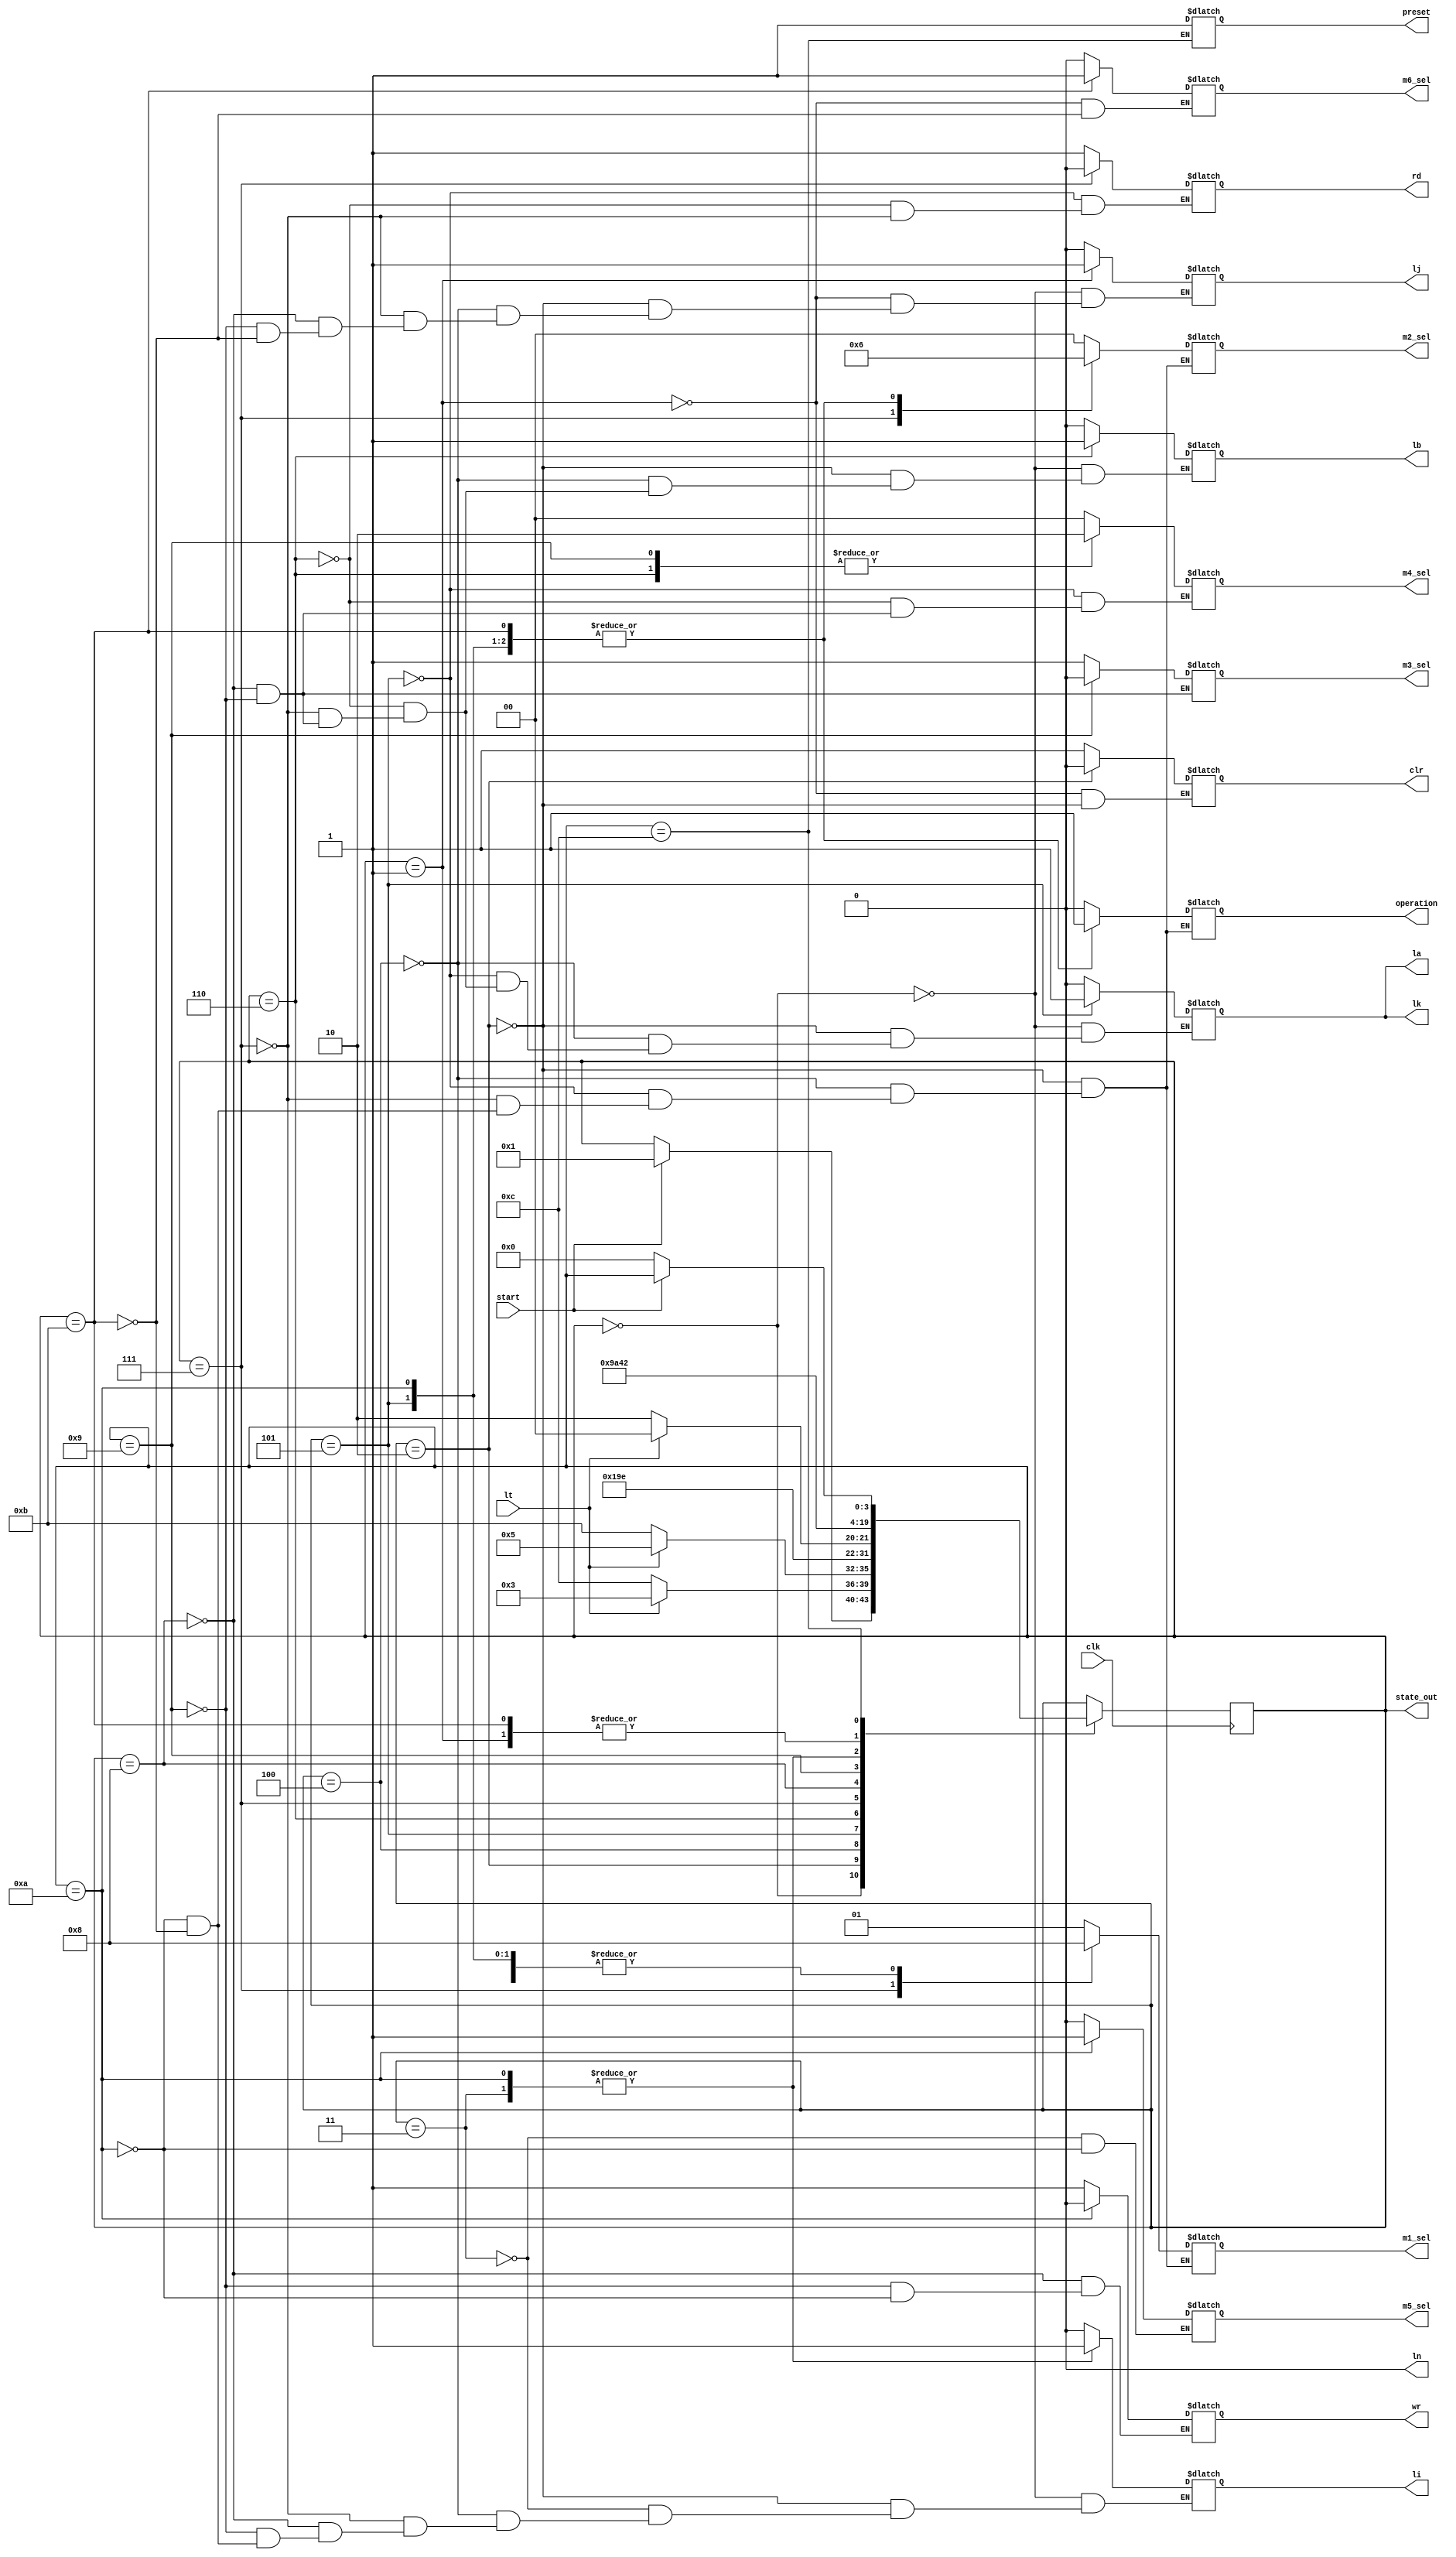
module CONTROL(
    input clk,
    input start,
    input lt,
    output reg rd, wr, operation, clr,preset,
    output reg m3_sel, m5_sel, m6_sel,
    output reg [1:0] m1_sel, m4_sel, m2_sel,
    output reg ln, li, lj, lk, la, lb,
    output [3:0] state_out
);
// output reg state_out

    reg [3:0] state;
    initial begin
        state = 0;
        {rd, wr, operation,clr, preset,m3_sel,m5_sel,m6_sel} = 8'b0;
        m1_sel = 0;
        m4_sel = 0;
        m2_sel = 0;
        {ln,li,lj,lk,la,lb} <= 6'b0;
    end

    always @(*) begin
        case(state)
        0: begin
            {ln,li,lj,lk,la,lb} <= 6'b0;
        end
        1: begin
            clr <= 1;
            m6_sel <= 0;
            lj <= 1;
        end

        2: begin
            clr <=0;
            {ln,li,lj,lk,la,lb} <= 6'b0;
            m1_sel <=1;
            m2_sel <= 0;
            operation <= 0;
        end

        3: begin
            li <= 1;
            m5_sel <= 0;
        end

        4: begin
            {ln,li,lj,lk,la,lb} <= 6'b0;
            m1_sel <= 0;
            m2_sel <= 0;
            operation <= 0;
        end

        5: begin
            la <=1;
            m4_sel <=0;
            rd <= 1;
            m1_sel <= 0;
            m2_sel <= 2;
            operation <= 1;
            lk <= 1;
        end

        6: begin
            la <= 0;
            lk <= 0;
            m4_sel <= 2;
            rd <= 1;
            lb <= 1;
        end

        7: begin
            {ln,li,lj,lk,la,lb} <= 6'b0;
            rd <= 0;
            m1_sel <= 2;
            m2_sel <= 1;
            operation <= 0;
        end

        8: begin
            {ln,li,lj,lk,la,lb} <= 6'b0;
            m4_sel <=0;
            m3_sel <= 1;
            wr <= 1;
        end

        9: begin
            {ln,li,lj,lk,la,lb} <= 6'b0;
            m4_sel <= 2;
            m3_sel <= 0;
            wr <= 1;
        end

        10: begin
            wr <= 0;
            m1_sel <= 0;
            m2_sel <= 2;
            operation <= 1;
            m5_sel <= 1;
            li <= 1;
        end

        11: begin
            li <= 0;
            lj<= 0;
            m1_sel <= 1;
            m2_sel <= 2;
            operation <= 1;
            m6_sel <= 1;
        end

        12: begin
            preset <= 1;
        end

        endcase
    end

    always @(posedge clk) begin
        case(state)

        //RESET STATE
        0: begin
            // {ln,li,lj,lk,la,lb} <= 6'b0;
            if(start) state <= 1;
            else state <= state;
        end

        1: begin
            // clr <= 1;
            // m6_sel <= 0;
            // lj <= 1;
            state <= 2;
        end

        2: begin
            // clr <=0;
            // {ln,li,lj,lk,la,lb} <= 6'b0;
            // m1_sel <=1;
            // m2_sel <= 0;
            // operation <= 0;
            if(lt) state <= 3;
            else state <= 12;
        end

        3: begin
            // li <= 1;
            // m5_sel <= 0;
            state <= 4;
        end

        4: begin
            // {ln,li,lj,lk,la,lb} <= 6'b0;
            // m1_sel <= 0;
            // m2_sel <= 0;
            // operation <= 0;
            if(lt) state <= 5;
            else state <= 11;
        end

        5: begin
            // la <=1;
            // m4_sel <=0;
            // rd <= 1;
            // m1_sel <= 0;
            // m2_sel <= 2;
            // operation <= 1;
            // lk <= 1;
            state <= 6;
        end

        6: begin
            // la <= 0;
            // lk <= 0;
            // m4_sel <= 2;
            // rd <= 1;
            // lb <= 1;
            state <= 7;
        end

        7: begin
            // {ln,li,lj,lk,la,lb} <= 6'b0;
            // rd <= 0;
            // m1_sel <= 2;
            // m2_sel <= 1;
            // operation <= 0;
            if (lt) state <= 8;
            else state <= 10;
        end

        8: begin
            // {ln,li,lj,lk,la,lb} <= 6'b0;
            // m4_sel <=0;
            // m3_sel <= 1;
            // wr <= 1;
            state <= 9;
        end

        9: begin
            // {ln,li,lj,lk,la,lb} <= 6'b0;
            // m4_sel <= 2;
            // m3_sel <= 0;
            // wr <= 1;
            state <= 10;
        end

        10: begin
            // wr <= 0;
            // m1_sel <= 0;
            // m2_sel <= 2;
            // operation <= 1;
            // m5_sel <= 1;
            // li <= 1;
            state <= 4;
        end

        11: begin
            // li <= 0;
            // lj<= 0;
            // m1_sel <= 1;
            // m2_sel <= 2;
            // operation <= 1;
            // m6_sel <= 1;
            state <= 2;
            
        end

        12: begin
            // preset <= 1;
            if(start) state <= state;
            else state <= 0;
        end

        endcase
    end
    // always @(*) begin
    //     state_out <= state;
    // end
    assign state_out = state;



endmodule